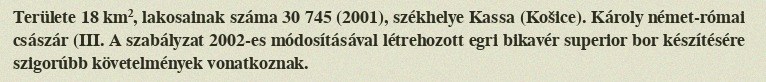
Területe 18 km², lakosainak száma 30 745 (2001), székhelye Kassa (Košice). Károly német-római császár (III. A szabályzat 2002-es módosításával létrehozott egri bikavér superior bor készítésére szigorúbb követelmények vonatkoznak.